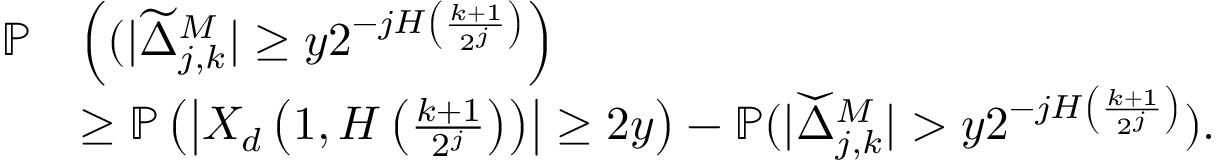
\begin{array} { r l } { \mathbb { P } } & { \left( ( | \widetilde { \Delta } _ { j , k } ^ { M } | \geq y 2 ^ { - j H \left( \frac { k + 1 } { 2 ^ { j } } \right) } \right) } \\ & { \geq \mathbb { P } \left( \left| X _ { d } \left( 1 , H \left( \frac { k + 1 } { 2 ^ { j } } \right) \right) \right| \geq 2 y \right) - \mathbb { P } ( | \widecheck { \Delta } _ { j , k } ^ { M } | > y 2 ^ { - j H \left( \frac { k + 1 } { 2 ^ { j } } \right) } ) . } \end{array}